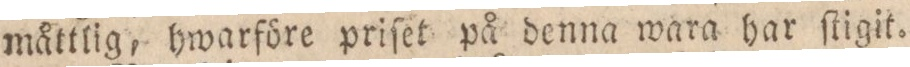
måttlig, hwarföre priſet på denna wara har ſtigit.